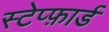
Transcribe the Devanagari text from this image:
स्टेप्फ़ार्ड